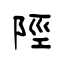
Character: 陘